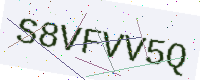
Text: S8VFVV5Q